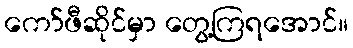
ကော်ဖီဆိုင်မှာ တွေ့ကြရအောင်။